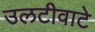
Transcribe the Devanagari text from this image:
उलटीवाटे